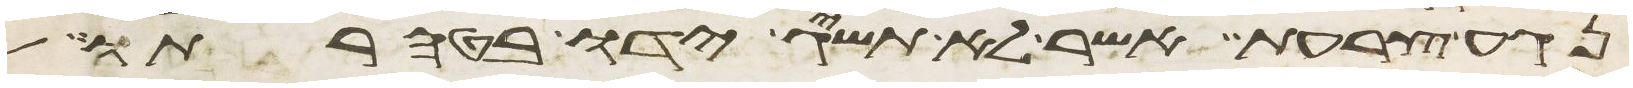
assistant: נגע צרעת אשר לא תשיג ידו בטהרתו